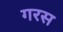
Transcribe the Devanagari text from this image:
गरस